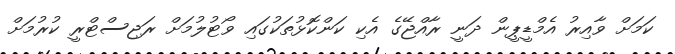
ކަމަށް ވާއިރު އެމްޑީޕީން ދަނީ ރާއްޖޭގެ އެކި ކަންކޮޅުތަކުގައި ވޯޓުލުމަށް ރަޖިސްޓްރީ ކުރުމަށް